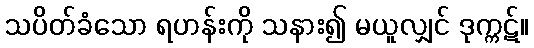
သပိတ်ခံသော ရဟန်းကို သနား၍ မယူလျှင် ဒုက္ကဋ်။